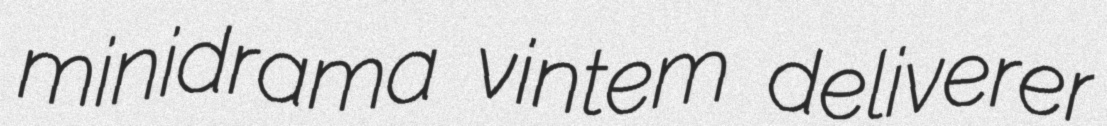
minidrama vintem deliverer